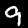
Digit: 9